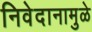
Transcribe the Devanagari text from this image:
निवेदानामुळे